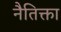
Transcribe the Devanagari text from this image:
नैतिक्ता